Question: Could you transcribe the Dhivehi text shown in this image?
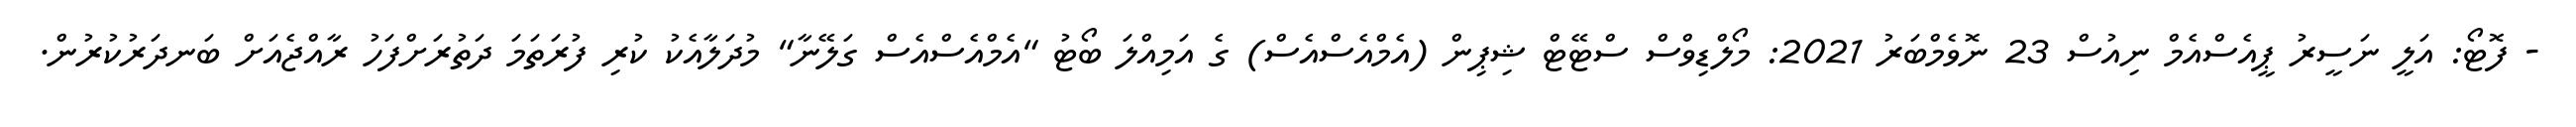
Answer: - ފޮޓޯ: އަލީ ނަސީރު ޕީއެސްއެމް ނިއުސް 23 ނޮވެމްބަރު 2021: މޯލްޑިވްސް ސްޓޭޓް ޝިޕިން (އެމްއެސްއެސް) ގެ އަމިއްލަ ބޯޓު "އެމްއެސްއެސް ގަލޭނާ" މުދަލާއެކު ކުރި ފުރަތަމަ ދަތުރަށްފަހު ރާއްޖެއަށް ބަނދަރުކުރުން.